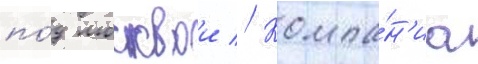
по́д москвои // Компа́н'иа